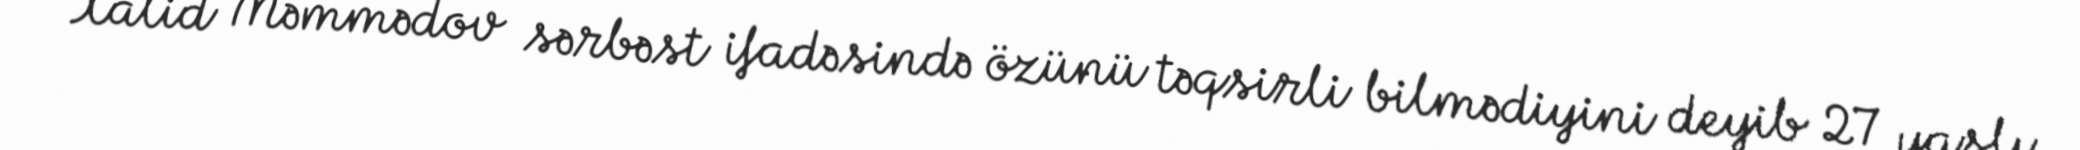
Xalid Məmmədov sərbəst ifadəsində özünü təqsirli bilmədiyini deyib 27 yaşlı